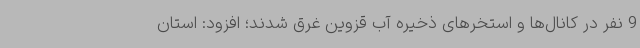
9 نفر در کانال‌ها و استخرهای ذخیره آب قزوین غرق شدند؛ افزود: استان